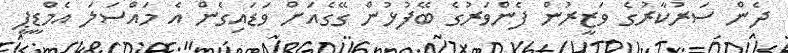
ދެން ސަރުކާރުގެ ވަޒީރުން ފެންވަރުގެ ބޭފުޅުން ގޭގެއަށް ވަޑައިގެން އެ މައްސަލަ އެމްޑީޕީ